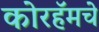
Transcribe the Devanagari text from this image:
कोरहॅमचे